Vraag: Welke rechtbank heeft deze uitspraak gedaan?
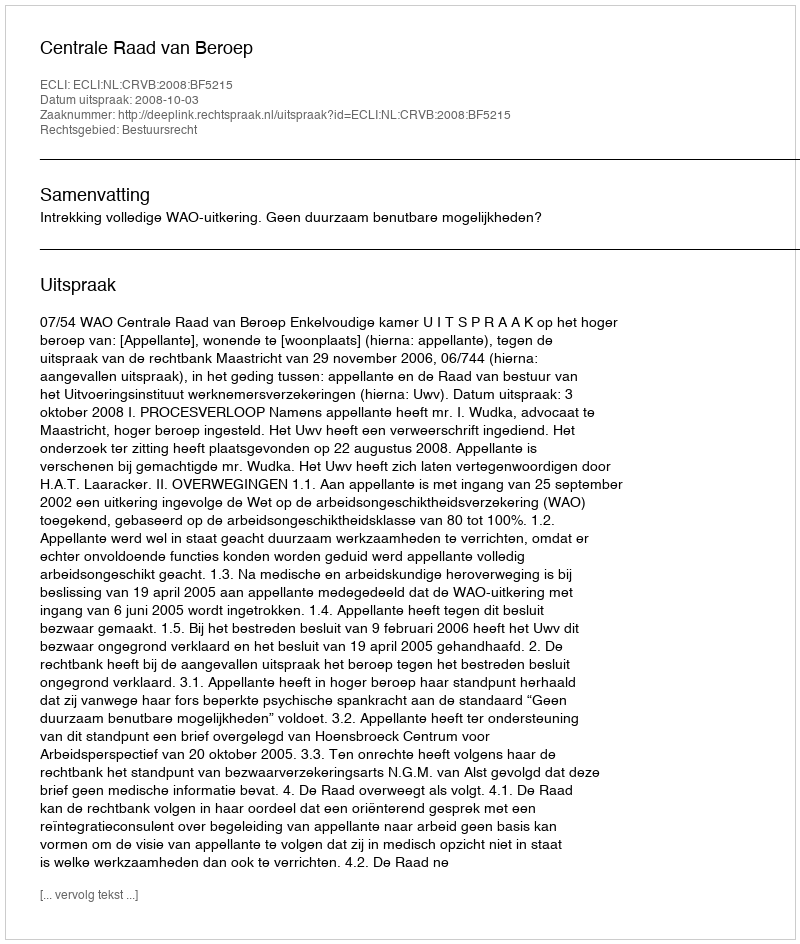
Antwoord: Centrale Raad van Beroep